Sketch of the medical history of the native army of Bombay, for the year
Year: 1875
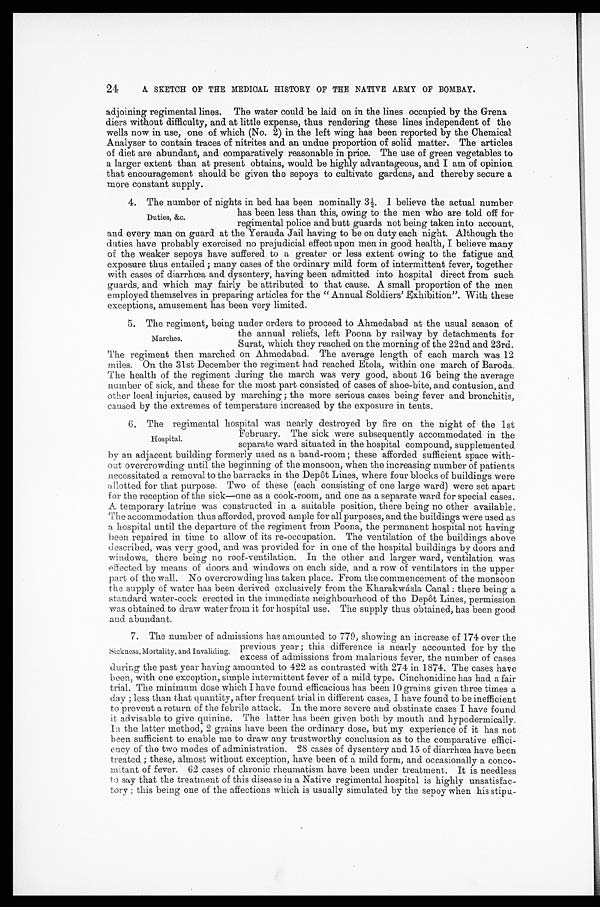
24
A SKETCH OF THE MEDICAL HISTORY OF THE NATIVE ARMY OF BOMBAY.
adjoining regimental lines. The water could be laid on in the lines occupied by the Grena
diers without difficulty, and at little expense, thus rendering these lines independent of the
wells now in use, one of which (No. 2) in the left wing has been reported by the Chemical
Analyser to contain traces of nitrites and an undue proportion of solid matter. The articles
of diet are abundant, and comparatively reasonable in price. The use of green vegetables to
a larger extent than at present obtains, would be highly advantageous, and I am of opinion
that encouragement should be given the sepoys to cultivate gardens, and thereby secure a
more constant supply.
4. The number of nights in bed has been nominally 3½. I believe the actual number
has been less than this, owing to the men who are told off for
regimental police and butt guards not being taken into account,
and every man on guard at the Yerauda Jail having to be on duty each night. Although the
duties have probably exercised no prejudicial effect upon men in good health, I believe many
of the weaker sepoys have suffered to a greater or less extent owing to the fatigue and
exposure thus entailed; many cases of the ordinary mild form of intermittent fever, together
with cases of diarrhœa and dysentery, having been admitted into hospital direct from such
guards, and which may fairly be attributed to that cause. A small proportion of the men
employed themselves in preparing articles for the "Annual Soldiers' Exhibition". With these
exceptions, amusement has been very limited.
5. The regiment, being under orders to proceed to Ahmedabad at the usual season of
the annual reliefs, left Poona by railway by detachments for
Surat, which they reached on the morning of the 22nd and 23rd.
The regiment then marched on Ahmedabad. The average length of each march was 12
miles. On the 31st December the regiment had reached Etola, within one march of Baroda.
The health of the regiment during the march was very good, about 16 being the average
n umber of sick, and these for the most part consisted of cases of shoe-bite, and contusion, and
other local injuries, caused by marching; the more serious cases being fever and bronchitis,
caused by the extremes of temperature increased by the exposure in tents.
6. The regimental hospital was nearly destroyed by fire on the night of the 1st
February. The sick were subsequently accommodated in the
separate ward situated in the hospital compound, supplemented
by an adjacent building formerly used as a baud-room; these afforded sufficient space with--
out overcrowding until the beginning of the monsoon, when the increasing number of patients
necessitated a removal to the barracks in the Depôt Lines, where four blocks of buildings were
allotted for that purpose. Two of these (each consisting of one large ward) were set apart
for the reception of the sick—one as a cook-room, and one as a separate ward for special cases.
A temporary latrine was constructed in a suitable position, there being no other available.
The accommodation thus afforded, proved ample for all purposes, and the buildings were used as
a hospital until the departure of the regiment from Poona, the permanent hospital not having
been repaired in time to allow of its re-occupation. The ventilation of the buildings above
described, was very good, and was provided for in one of the hospital buildings by doors and
windows, there being no roof-ventilation. In the other and larger ward, ventilation was
effected by means of doors and windows on each side, and a row of ventilators in the upper
part of the wall. No overcrowding has taken place. From the commencement of the monsoon
the supply of water has been derived exclusively from the Kharakwásla Canal: there being a
standard water-cock erected in the immediate neighbourhood of the Depôt Lines, permission
was obtained to draw water from it for hospital use. The supply thus obtained, has been good
and abundant.
7. The number of admissions has amounted to 779, showing an increase of 174 over the
previous year; this difference is nearly accounted for by the
excess of admissions from malarious fever, the number of cases
during the past year having amounted to 422 as contrasted with 274 in 1874. The cases have
been, with one exception, simple intermittent fever of a mild type. Cinchonidine has had a fair
trial. The minimum dose which I have found efficacious has been 10 grains given three times a
d a y ; l e s s t h a n t h a t q u a n t i t y , a f t e r f r e q u e n t t r i a l i n d i f f e r e n t c a s e s , I h a v e f o u n d t o b e i n e f f i c i e n t
to prevent a return of the febrile attack. In the more severe and obstinate cases I have found
it advisable to give quinine. The latter has been given both by mouth and hypodermically.
ln the latter method, 2 grains have been the ordinary dose, but my experience of it has not
been sufficient to enable me to draw any trustworthy conclusion as to the comparative effici
- e n c y o f t h e t w o m o d e s o f a d m i n i s t r a t i o n . 2 8 c a s e s o f d y s e n t e r y a n d 1 5 o f d i a r r h œ a h a v e b e e n
treated; these, almost without exception, have been of a mild form, and occasionally a conco
- m i t a n t o f f e v e r . 6 2 c a s e s o f c h r o n i c r h e u m a t i s m h a v e b e e n u n d e r t r e a t m e n t . I t i s n e e d l e s s
to say that the treatment of this disease in a Native regimental hospital is highly unsatisfac
-tory; this being one of the affections which is usually simulated by the sepoy when his stipu
-
Duties. &c.
Marches.
Hospital.
Sickness, Mortality, and Invaliding,